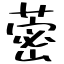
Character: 蔤